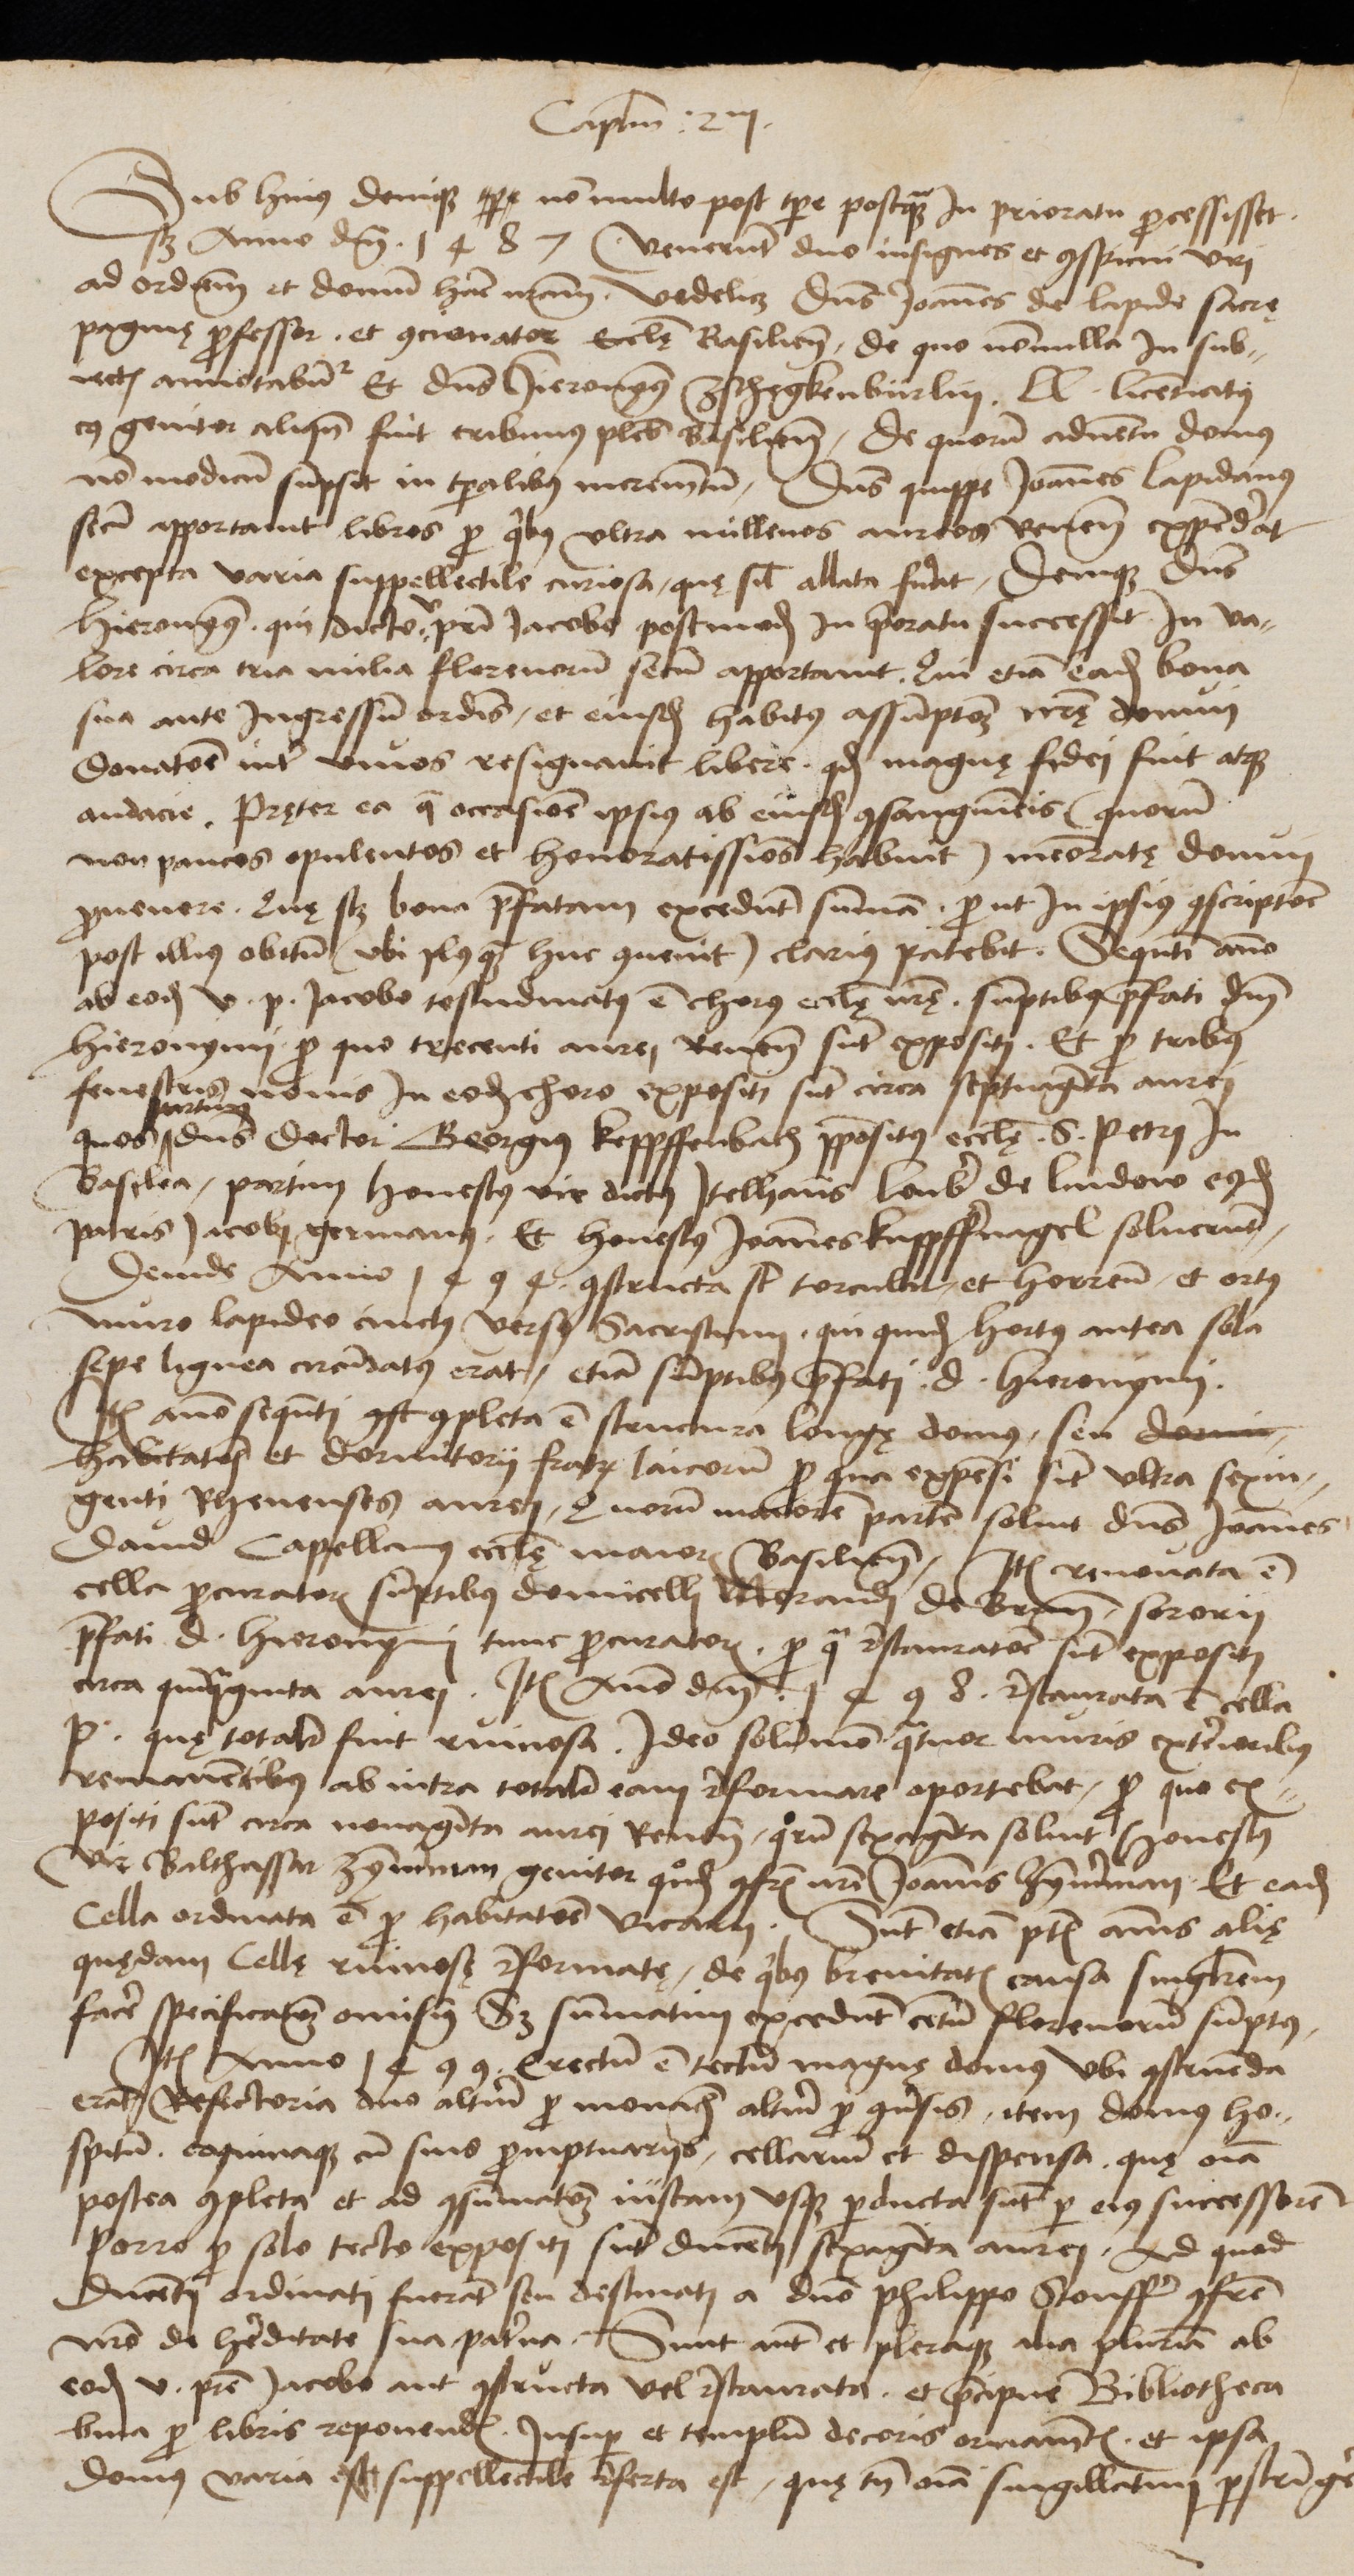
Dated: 1480–1526